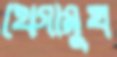
থেগামুখ